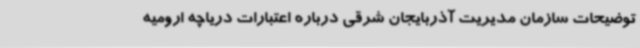
توضیحات سازمان مدیریت آذربایجان شرقی درباره اعتبارات دریاچه ارومیه